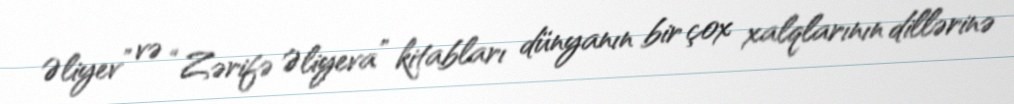
Əliyev” və “Zərifə Əliyeva” kitabları dünyanın bir çox xalqlarının dillərinə